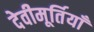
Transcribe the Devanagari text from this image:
देवीमूर्तियाँ